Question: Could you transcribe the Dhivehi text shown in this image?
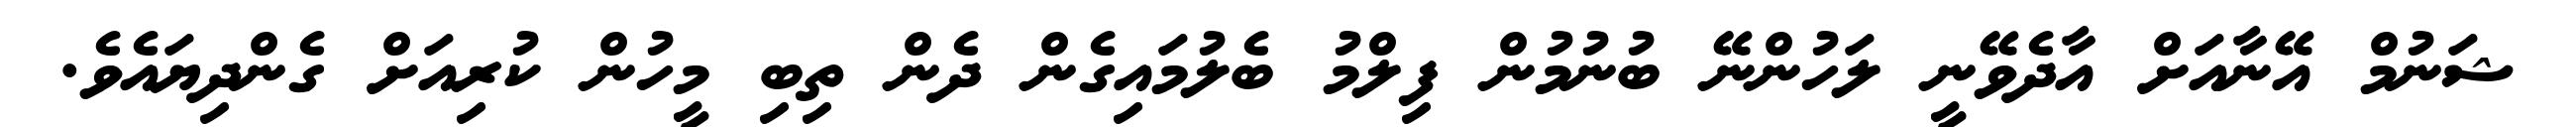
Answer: ޝަނުމް އޭނާއަށް އާދެވޭނީ ލަހުންނޭ ބުނުމުން ފިލްމު ބެލުމައިގެން ދެން ތިބި މީހުން ކުރިއަށް ގެންދިޔައެވެ.